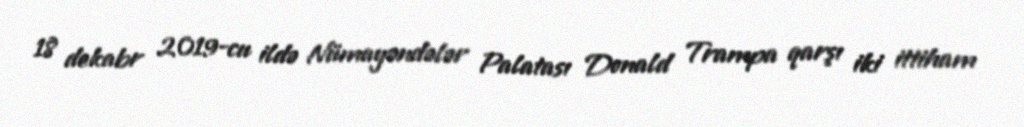
18 dekabr 2019-cu ildə Nümayəndələr Palatası Donald Trampa qarşı iki ittiham